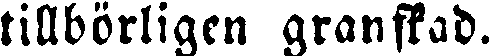
tillbörligen granskad.